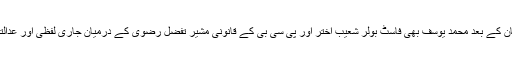
لاہور: سابق کپتان یونس خان کے بعد محمد یوسف بھی فاسٹ بولر شعیب اختر اور پی سی بی کے قانونی مشیر تفضل رضوی کے درمیان جاری لفظی اور عدالتی جنگ میں بول پڑے ہیں۔